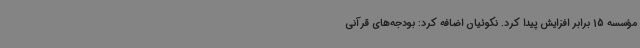
مؤسسه 15 برابر افزایش پیدا کرد. نکوئیان اضافه کرد: بودجه‌های قرآنی